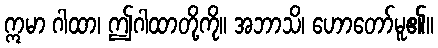
ဣမာ ဂါထာ၊ ဤဂါထာတို့ကို။ အဘာသိ၊ ဟောတော်မူ၏။